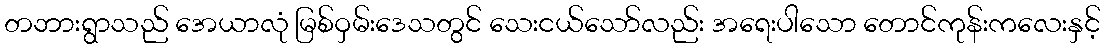
တဘားရွာသည် အေယာလုံ မြစ်ဝှမ်းဒေသတွင် သေးငယ်သော်လည်း အရေးပါသော တောင်ကုန်းကလေးနှင့်